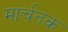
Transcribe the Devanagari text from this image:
मार्चतक